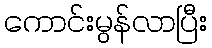
ကောင်းမွန်လာပြီး